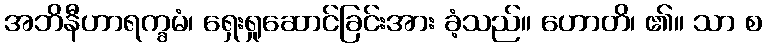
အဘိနီဟာရက္ခမံ၊ ရှေးရှုဆောင်ခြင်းအား ခံ့သည်။ ဟောတိ၊ ၏။ သာ စ